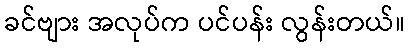
ခင်ဗျား အလုပ်က ပင်ပန်း လွန်းတယ်။